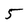
Character: 5